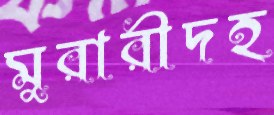
মুরারীদহ